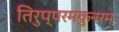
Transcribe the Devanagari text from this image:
तिरुप्परमकुनरम